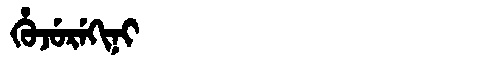
Manchu: ᡥᡠᠵᡠᡵᡝᡴᡳᠨᡳ
Romanization: HUJUREKINI